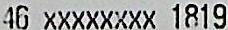
46 XXXXXXXX 1819